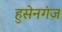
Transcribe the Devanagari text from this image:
हुसेनगंज